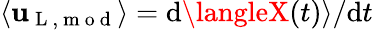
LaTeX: \langle\mathbf{u}_{\mathrm{{~L~,~m~o~d~}}}\rangle=\mathrm{{d}}\langleX(t)\rangle/\mathrm{{d}}t